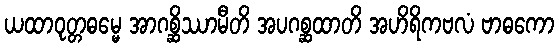
ယထာဝုတ္တဓမ္မေ အာဂစ္ဆိဿာမီတိ အပဂစ္ဆထာတိ အဟိရိကဗလံ ဗာဓကော